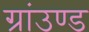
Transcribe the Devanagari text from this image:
ग्रांउण्ड